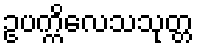
ဥပက္ကိလေသသုတ္တ